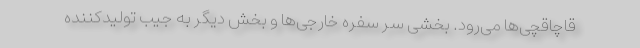
قاچاقچی‌ها می‌رود. بخشی سر سفره خارجی‌ها و بخش دیگر به جیب تولیدکننده